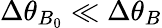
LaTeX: \Delta\theta_{B_{0}}\ll\Delta\theta_{B}